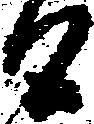
候